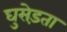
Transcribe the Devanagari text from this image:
घुसेड़ता